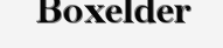
Boxelder